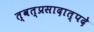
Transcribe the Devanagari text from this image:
त्वत्प्रसादात्पदे